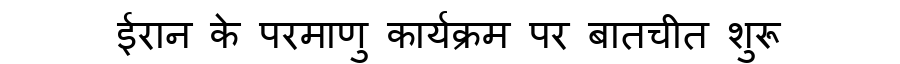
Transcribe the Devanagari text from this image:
ईरान के परमाणु कार्यक्रम पर बातचीत शुरू